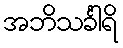
အဘိသင်္ခါရိ